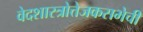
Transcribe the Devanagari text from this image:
वेदशास्त्रोत्तेजकसभेची